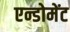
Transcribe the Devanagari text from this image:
एन्डोमेंट